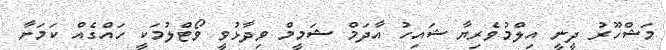
މަޝްހޫރު ދީނީ އިލްމުވެރިޔާ ޝައިހު އާދަމް ޝަމީމް ވިދާޅުވީ ވޯޓްލުމަކީ ހައްގެއް ކަމަށާ